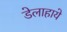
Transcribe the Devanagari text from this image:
डेलाहाये